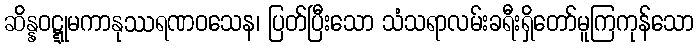
ဆိန္နဝဋ္ဋုမကာနုဿရဏဝသေန၊ ပြတ်ပြီးသော သံသရာလမ်းခရီးရှိတော်မူကြကုန်သော